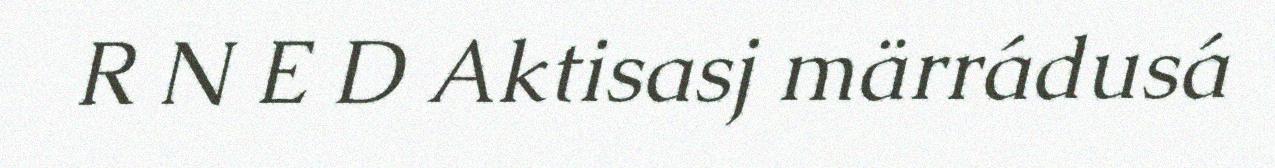
R N E D Aktisasj märrádusá